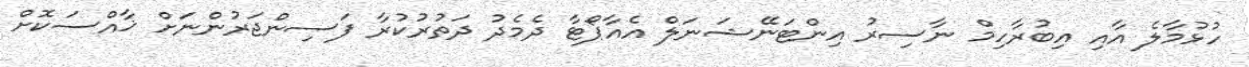
ހުޅުމާލެ އާއި އިބުރާހިމް ނާސިރު އިންޓަނޭޝަނަލް އެއާޕޯޓާ ދެމެދު ދަތުރުކުރާ ފަސިންޖަރުންނަށް ޚާއްސަކޮށް